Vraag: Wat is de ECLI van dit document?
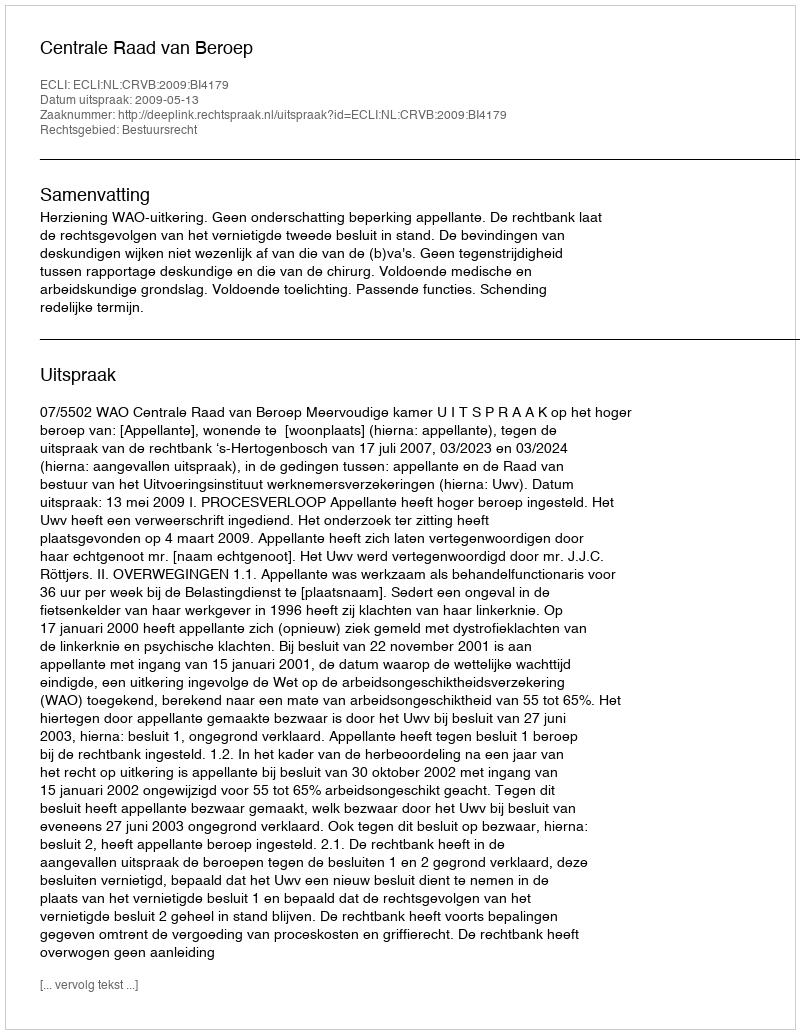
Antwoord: ECLI:NL:CRVB:2009:BI4179